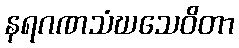
နရဂဏသံဃသေဝိတာ